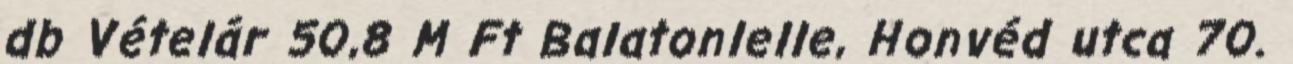
db Vételár 50,8 M Ft Balatonlelle, Honvéd utca 70.